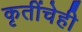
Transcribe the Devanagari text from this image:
कृतींचेही